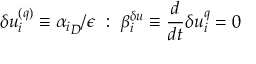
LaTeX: \delta u _ { i } ^ { ( q ) } \equiv { \alpha _ { i } } _ { D } / \epsilon ~ : ~ \beta _ { i } ^ { \delta u } \equiv \frac { d } { d t } \delta u _ { i } ^ { q } = 0